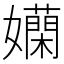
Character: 𡤄